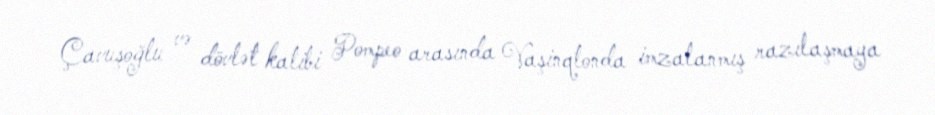
Çavuşoğlu və dövlət katibi Pompeo arasında Vaşinqtonda imzalanmış razılaşmaya